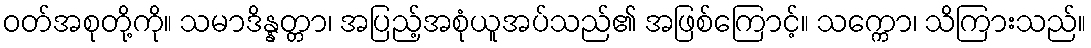
ဝတ်အစုတို့ကို။ သမာဒိန္နတ္တာ၊ အပြည့်အစုံယူအပ်သည်၏ အဖြစ်ကြောင့်။ သက္ကော၊ သိကြားသည်။